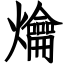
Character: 爚